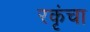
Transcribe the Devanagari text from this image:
रकृंचा